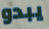
يبدو